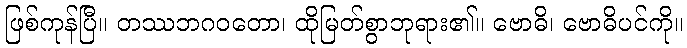
ဖြစ်ကုန်ပြီ။ တဿဘဂဝတော၊ ထိုမြတ်စွာဘုရား၏။ ဗောဓိ၊ ဗောဓိပင်ကို။